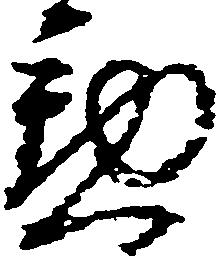
懃